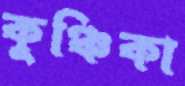
কুঞ্চিকা